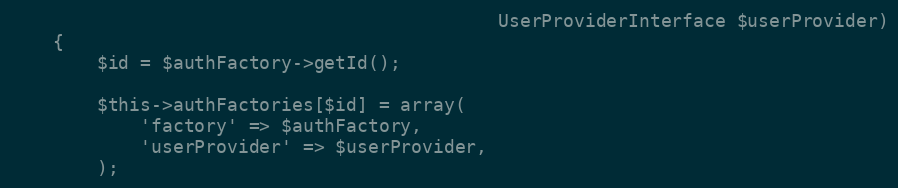
Language: PHP
                                             UserProviderInterface $userProvider)
    {
        $id = $authFactory->getId();

        $this->authFactories[$id] = array(
            'factory' => $authFactory,
            'userProvider' => $userProvider,
        );